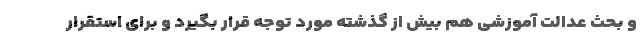
و بحث عدالت آموزشی هم بیش از گذشته مورد توجه قرار بگیرد و برای استقرار